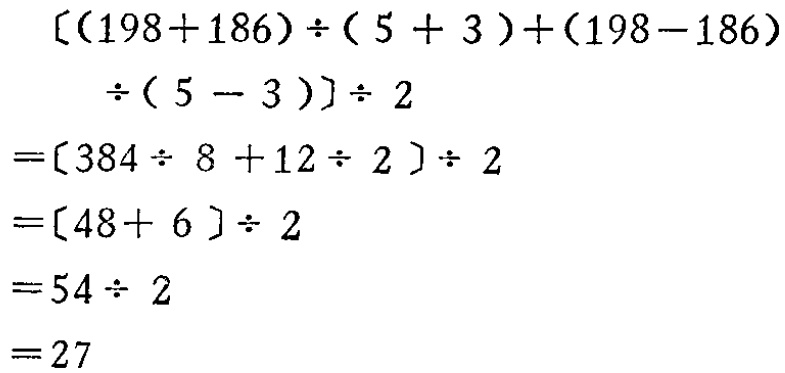
\[

\begin{align*}

&[(198 + 186)\div(5 + 3)+(198 - 186)\div(5 - 3)]\div 2\\

=&[384\div 8+12\div 2]\div 2\\

=&[48 + 6]\div 2\\

=&54\div 2\\

=&27

\end{align*}

\]